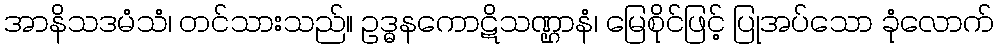
အာနိသဒမံသံ၊ တင်သားသည်။ ဥဒ္ဓနကောဋိသဏ္ဌာနံ၊ မြေစိုင်ဖြင့် ပြုအပ်သော ခုံလောက်